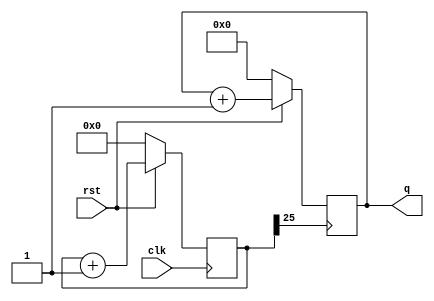
`timescale 1ns / 1ps
//////////////////////////////////////////////////////////////////////////////////
// Company: 
// Engineer: 
// 
// Design Name: 
// Module Name: up
// Project Name: 
// Target Devices: 
// Tool Versions: 
// Description: 
// 
// Dependencies: 
// 
// Revision:
// Revision 0.01 - File Created
// Additional Comments:
// 
//////////////////////////////////////////////////////////////////////////////////


module up(clk,rst,q);
    input clk,rst;
    output reg[3:0] q;
    reg [27:0] clkdiv;
    always@(posedge clk)
        begin 
        if(~rst) clkdiv<=0;
        else
        clkdiv<=clkdiv+1;
        end
    always@(posedge clkdiv[25])
        begin
        if(!rst)
            q<=4'b0000;
        else
            q<=q+1'b1;
        end
endmodule